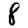
Digit: 8